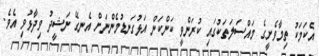
އެކަމަކު ތިމާވެށީގެ މައްސަލަތަކުގައި ކުރަންވީ ކަންކަން އަޅުގަނޑުމެންނަށް އެނގޭ ނަޝީދު ވިދާޅުވި އެވެ.